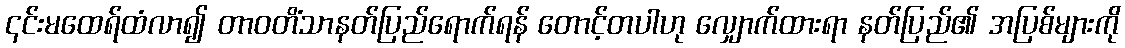
၎င်းမထေရ်ထံလာ၍ တာဝတိံသာနတ်ပြည်ရောက်ရန် တောင့်တပါဟု လျှောက်ထားရာ နတ်ပြည်၏ အပြစ်များကို